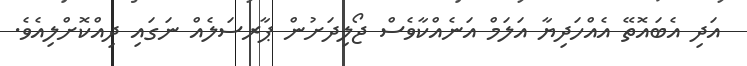
އަދި އެބައޮތޭ އެއްހަދިޔާ އަލަމް އަނެއްކާވެސް ޖޯލިދަށުން ޕާރސަލެއް ނަގައި ދިއްކޮށްލިއެވެ.